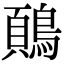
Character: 𬷢